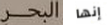
البحر إنها